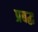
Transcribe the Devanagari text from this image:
प्रबद्ध